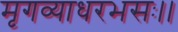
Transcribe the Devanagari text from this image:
मृगव्याधरभसः।।